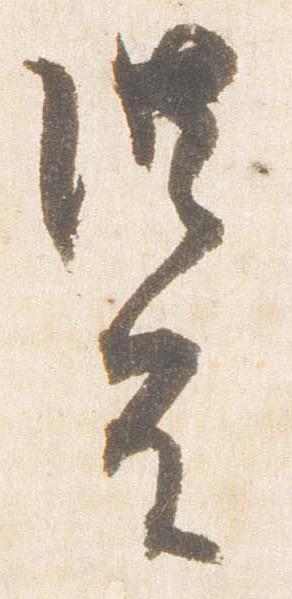
法